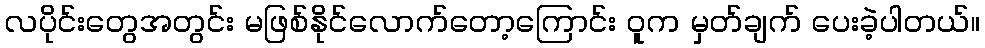
လပိုင်းတွေအတွင်း မဖြစ်နိုင်လောက်တော့ကြောင်း ဝူက မှတ်ချက် ပေးခဲ့ပါတယ်။